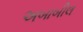
અબાબીલ